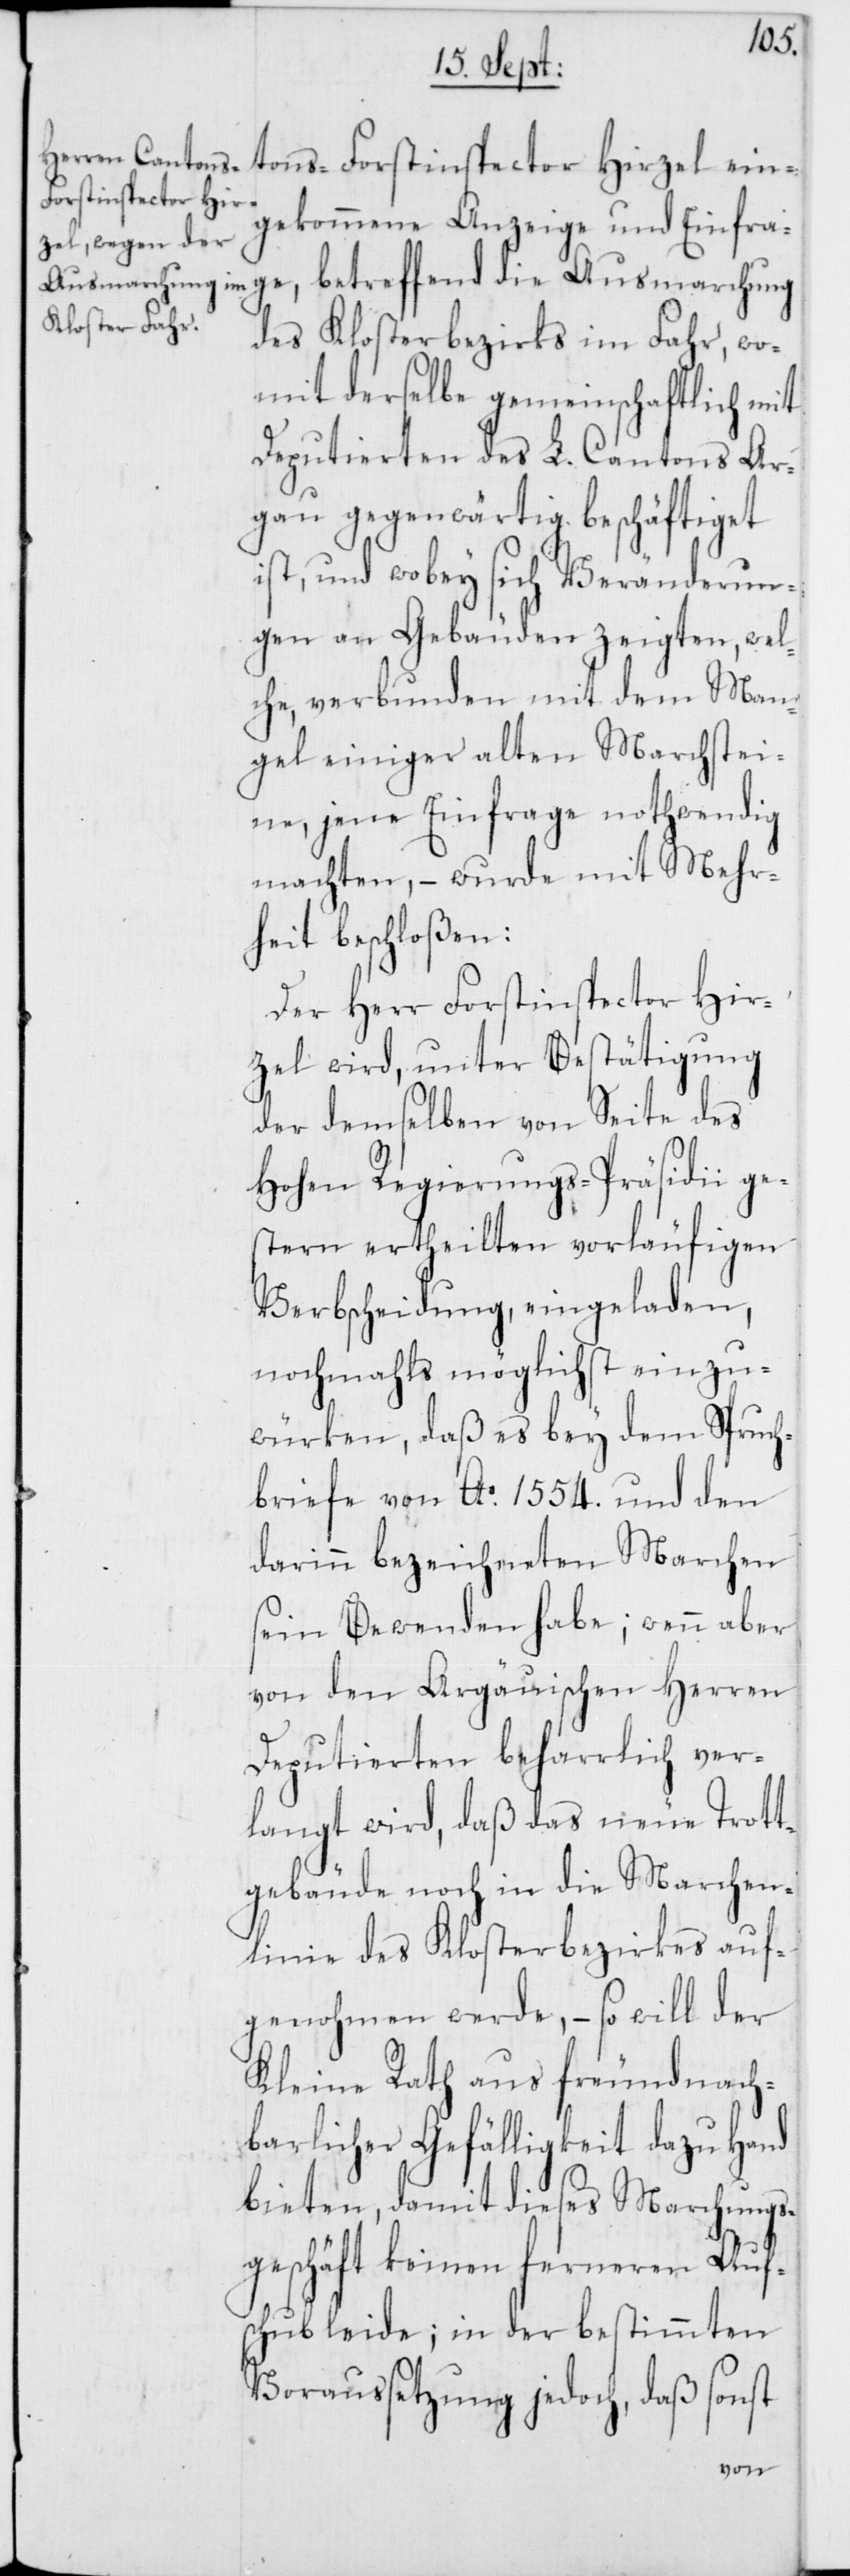
ein¬
gekommene Anzeige und Einfra¬
ge, betreffend die Ausmarchung
des Klosterbezirks im Fahr, wo¬
mit derselbe gemeinschaftlich mit
Deputierten des L. Cantons Aar¬
gau gegenwärtig beschäftiget
ist, und wobey sich Veränderun¬
gen an Gebäuden zeigten, wel¬
che, verbunden mit dem Man¬
gel einiger alten Marchstei¬
ne, jene Einfrage nothwendig
machten, – wurde mit Mehr¬
heit beschloßen:
Der Herr Forstinspector Hir¬
zel wird, unter Bestätigung
der demselben von Seite des
Hohen Regierungs-Präsidii ge¬
stern ertheilten vorläufigen
Verbscheidung, eingeladen,
nochmahls möglichst einzu¬
würken, daß es bey dem Spruch¬
briefe von Ao. 1554. und den
darinn bezeichneten Marchen
sein Bewenden habe; wenn aber
von den Argäuischen Herren
Deputierten beharrlich ver¬
langt wird, daß das neue Trott¬
gebäude noch in die Marchen¬
linie des Klosterbezirkes auf¬
genohmen werde, – so will der
Kleine Rath aus freundnach¬
barlicher Gefälligkeit dazu Hand
bieten, damit dieses Marchungs¬
geschäft keinen ferneren Auf¬
schub leide; in der bestimmten
Voraussetzung jedoch, daß sonst